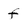
Character: f